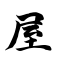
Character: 屋